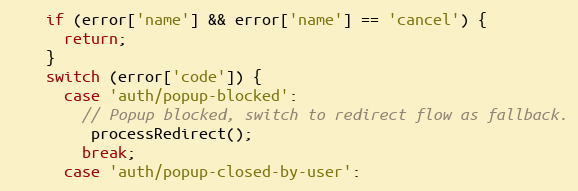
Language: JavaScript
    if (error['name'] && error['name'] == 'cancel') {
      return;
    }
    switch (error['code']) {
      case 'auth/popup-blocked':
        // Popup blocked, switch to redirect flow as fallback.
         processRedirect();
        break;
      case 'auth/popup-closed-by-user':